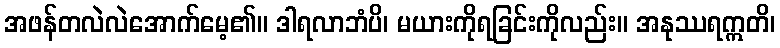
အဖန်တလဲလဲအောက်မေ့၏။ ဒါရလာဘံပိ၊ မယားကိုရခြင်းကိုလည်း။ အနုဿရဣတိ၊